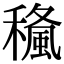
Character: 𥢓